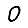
Digit: 0